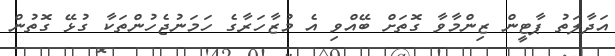
އަދާލަތު ޕާޓީން ޒިންމާވާ ގޮތަށް ބޭއްވި އެ މުޒާހަރާގެ ހަމަނުޖެހުންތަކާ ގުޅޭ ގޮތުން